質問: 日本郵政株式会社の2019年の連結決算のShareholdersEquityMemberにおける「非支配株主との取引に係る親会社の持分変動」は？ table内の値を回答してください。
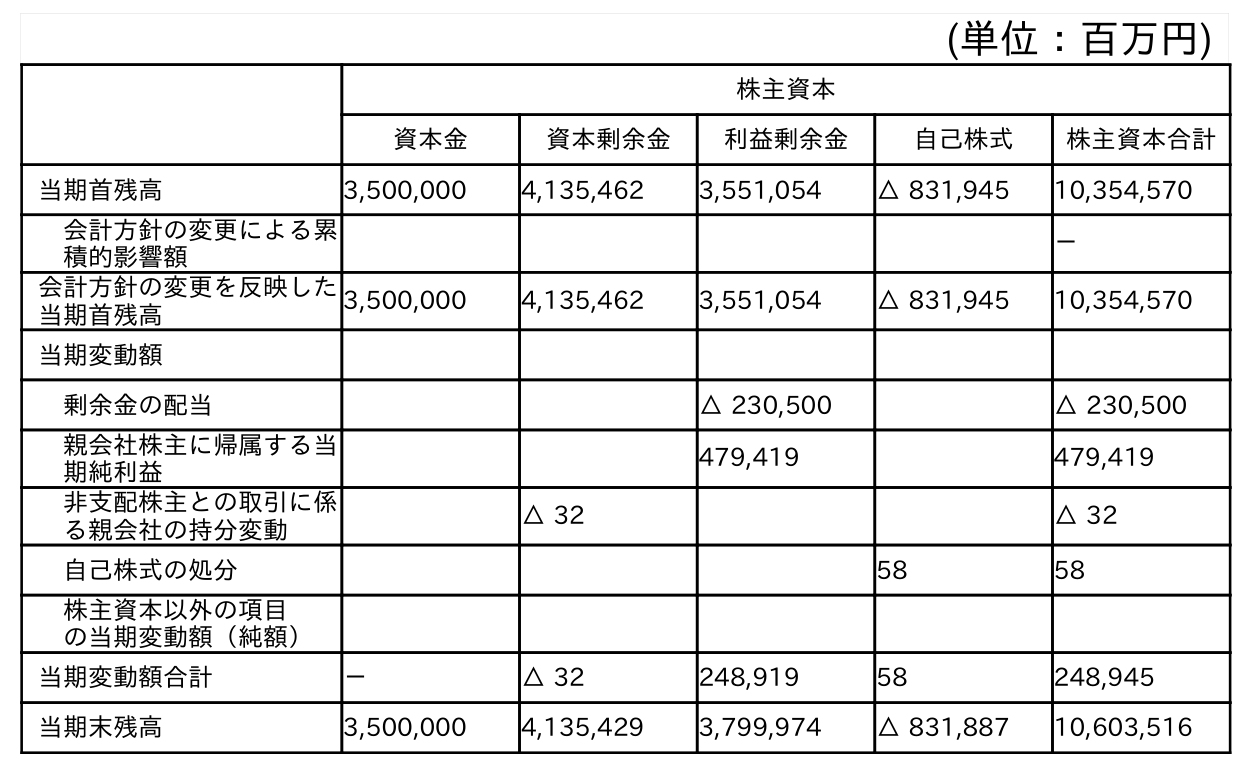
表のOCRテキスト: (単位：百万円) 株主資本 資本金 資本剰余金 利益剰余金 自己株式 株主資本合計 当期首残高 3,500,000 4,135,462 3,551,054 △ 831,945 10,354,570 会計方針の変更による累 積的影響額 － 会計方針の変更を反映した 当期首残高 3,500,000 4,135,462 3,551,054 △ 831,945 10,354,570 当期変動額 剰余金の配当 △ 230,500 △ 230,500 親会社株主に帰属する当 期純利益 479,419 479,419 非支配株主との取引に係 る親会社の持分変動 △ 32 △ 32 自己株式の処分 58 58 株主資本以外の項目 の当期変動額（純額） 当期変動額合計 － △ 32 248,919 58 248,945 当期末残高 3,500,000 4,135,429 3,799,974 △ 831,887 10,603,516
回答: △32